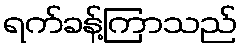
ရက်ခန့်ကြာသည်